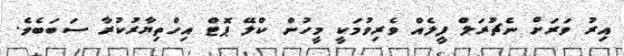
އިރު ވަރަށް ނެޗުރަލް ފީލެއް ވެރިވުމަކީ މީހުން ކްލޭ ޕޮޓް އިހްތިޔާރުކުރާ ސަބަބެވެ.